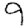
Digit: 9